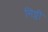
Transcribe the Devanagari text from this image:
मिठ्ठी